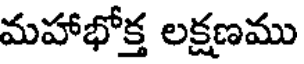
మహాభోక్త లక్షణము